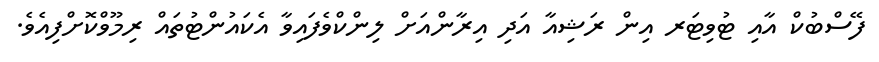
ފޭސްބުކް އާއި ޓުވިޓަރ އިން ރަޝިއާ އަދި އިރާންއަށް ލިންކްވެފައިވާ އެކައުންޓުތައް ރިމޫވްކޮށްފިއެވެ.